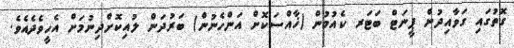
ގޮތުގައި ގަވާއިދުން ޕީނަޓް ބަޓަރ ކެއުމުން (ޚާއްސަކޮށް އަންހެނުން) ބަރުދަން ލުއިކޮށްދިނުމަށް އެހީވެދެއެވެ.